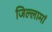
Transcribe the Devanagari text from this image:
जिल्लामां